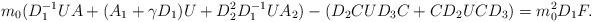
LaTeX: \begin{align*}m_0(D_1^{-1}UA + (A_1 +\gamma D_1)U + D_2^2D_1^{-1}UA_2) - (D_2CUD_3C + CD_2UCD_3) = m_0^2D_1F.\end{align*}